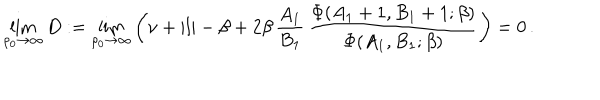
\lim _ { \rho _ { 0 } \rightarrow \infty } D : = \lim _ { \rho _ { 0 } \rightarrow \infty } \left( \nu + | l | - \beta + 2 \beta \, { \frac { A _ { 1 } } { B _ { 1 } } } \, { \frac { \Phi ( A _ { 1 } + 1 , B _ { 1 } + 1 ; \beta ) } { \Phi ( A _ { 1 } , B _ { 1 } ; \beta ) } } \right) = 0 \, .